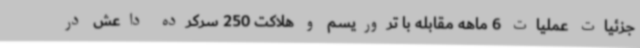
جزئیات عملیات 6 ماهه مقابله با تروریسم و هلاکت 250 سرکرده داعش در